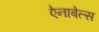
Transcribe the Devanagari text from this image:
ऐनाबेल्स